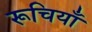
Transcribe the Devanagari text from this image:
रूचियाँ